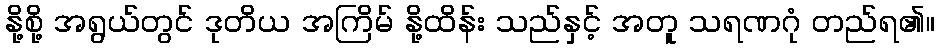
နို့စို့ အရွယ်တွင် ဒုတိယ အကြိမ် နို့ထိန်း သည်နှင့် အတူ သရဏဂုံ တည်ရ၏။